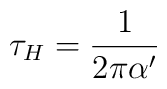
\tau_H = \frac{1}{2\pi\alpha'}